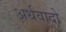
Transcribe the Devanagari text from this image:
अर्थवादो